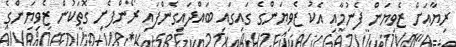
ރިޔާއަށް ޒެވިޔަން ފެނުމާއި އެކު ޒެވިޔަންގެ ގައިގައި ބައްދައިގެންފައި ރޯންފެށި ގޮތަކުން ޒެވިޔަންގެ